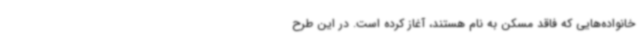
خانواده‌هایی که فاقد مسکن به نام هستند، آغاز کرده است. در این طرح